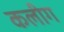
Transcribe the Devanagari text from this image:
कलीग